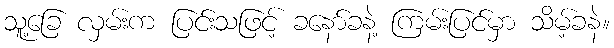
သူ့ခြေ လှမ်းက ပြင်းသဖြင့် ခနော်ခနဲ့ ကြမ်းပြင်မှာ သိမ့်ခနဲ။